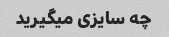
چه سایزی میگیرید